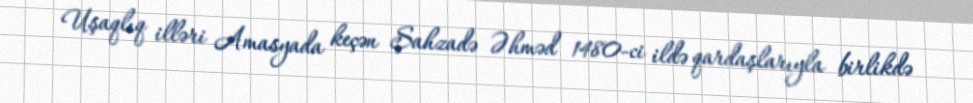
Uşaqlıq illəri Amasyada keçən Şahzadə Əhməd 1480-ci ildə qardaşlarıyla birlikdə